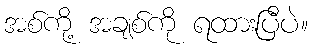
အစ်ကို့ အချစ်ကို ရထားပြီပဲ။